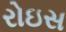
રોઇસ